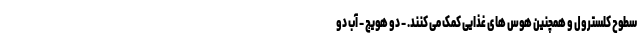
سطوح کلسترول و همچنین هوس های غذایی کمک می کنند. - دو هویج - آب دو